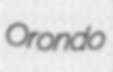
Orondo